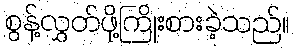
စွန့်လွှတ်ဖို့ကြိုးစားခဲ့သည်။